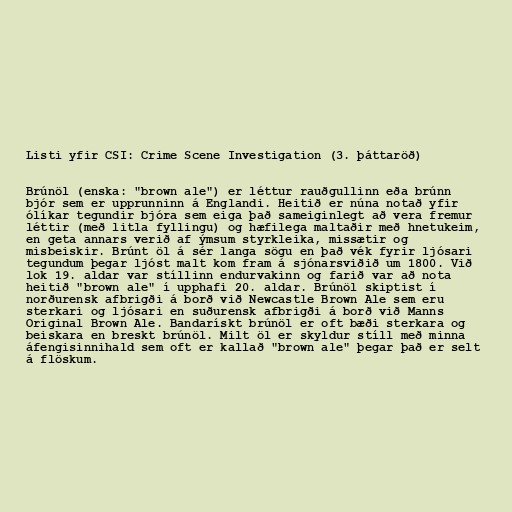
Listi yfir CSI: Crime Scene Investigation (3. þáttaröð)

Brúnöl (enska: "brown ale") er léttur rauðgullinn eða brúnn
bjór sem er upprunninn á Englandi. Heitið er núna notað yfir
ólíkar tegundir bjóra sem eiga það sameiginlegt að vera fremur
léttir (með litla fyllingu) og hæfilega maltaðir með hnetukeim,
en geta annars verið af ýmsum styrkleika, missætir og
misbeiskir. Brúnt öl á sér langa sögu en það vék fyrir ljósari
tegundum þegar ljóst malt kom fram á sjónarsviðið um 1800. Við
lok 19. aldar var stíllinn endurvakinn og farið var að nota
heitið "brown ale" í upphafi 20. aldar. Brúnöl skiptist í
norðurensk afbrigði á borð við Newcastle Brown Ale sem eru
sterkari og ljósari en suðurensk afbrigði á borð við Manns
Original Brown Ale. Bandarískt brúnöl er oft bæði sterkara og
beiskara en breskt brúnöl. Milt öl er skyldur stíll með minna
áfengisinnihald sem oft er kallað "brown ale" þegar það er selt
á flöskum.